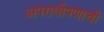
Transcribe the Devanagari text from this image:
अपराधीपणाची